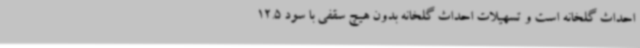
احداث گلخانه است و تسهیلات احداث گلخانه بدون هیچ سقفی با سود 12.5